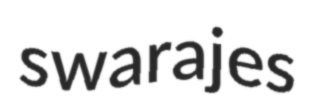
swarajes